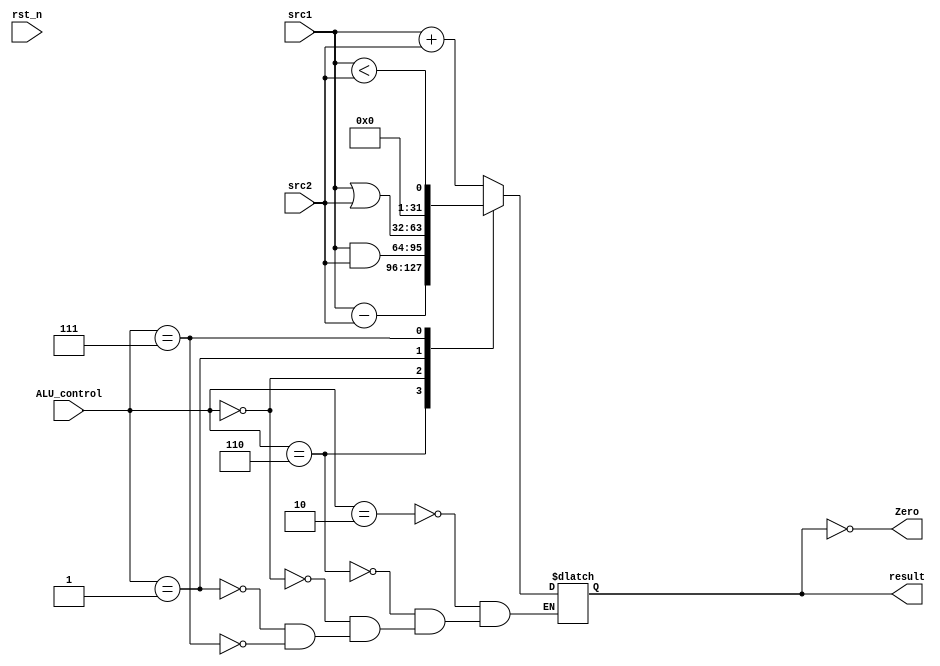
`timescale 1ns/1ps

module alu(
    input                   rst_n,         // negative reset            (input)
    input  signed[32-1:0]   src1,          // 32 bits source 1          (input)
    input  signed[32-1:0]   src2,          // 32 bits source 2          (input)
    input        [ 4-1:0]   ALU_control,   // 4 bits ALU control input  (input)
    output reg   [32-1:0]   result,        // 32 bits result            (output)
    output               Zero          // 1 bit when the output is 0, zero must be set (output)
);

/* Write your code HERE */
assign Zero = (result == 32'b0);

always @(*) begin
        case (ALU_control)
            4'b0010: result <= src1 + src2;
            4'b0110: result <= src1 - src2;
            4'b0000: result <= src1 & src2;
            4'b0001: result <= src1 | src2;
            4'b0111: result <= {31'b0, (src1 < src2)};
            default: result <= result;
        endcase
end

endmodule